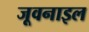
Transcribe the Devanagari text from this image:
जूवनाइल